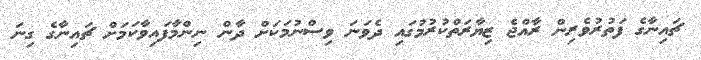
ޗައިނާގެ ފަތުރުވެރިން ރާއްޖެ ޒިޔާރަތްކުރުމުގައި ދެވަނަ ވިސްނުމަކަށް ދާން ނިންމާފައިވާކަމަށް ޗައިނާގެ ގިނަ